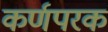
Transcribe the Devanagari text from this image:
कर्णपरक